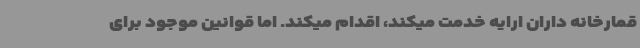
قمارخانه داران ارایه خدمت میکند، اقدام میکند. اما قوانین موجود برای